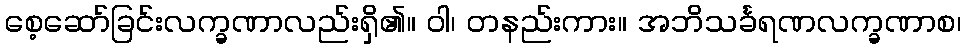
စေ့ဆော်ခြင်းလက္ခဏာလည်းရှိ၏။ ဝါ၊ တနည်းကား။ အဘိသင်္ခရဏလက္ခဏာစ၊